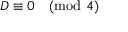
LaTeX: D \equiv 0 { \pmod { 4 } }